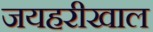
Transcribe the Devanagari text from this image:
जयहरीखाल